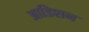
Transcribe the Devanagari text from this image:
आडिशन